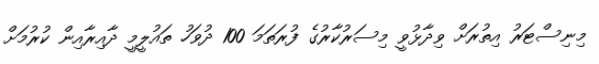
މިނިސްޓަރު އިތުރަށް ވިދާޅުވީ މިސަރުކާރުގެ ފުރަތަމަ 100 ދުވަހު ތައުލީމީ ދާއިރާއިން ކުރުމަށް